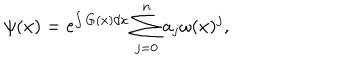
\psi ( x ) = \mathrm { e } ^ { \int G ( x ) d x } \sum _ { j = 0 } ^ { n } a _ { j } \omega ( x ) ^ { j } ,